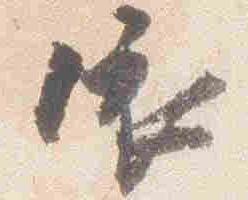
依